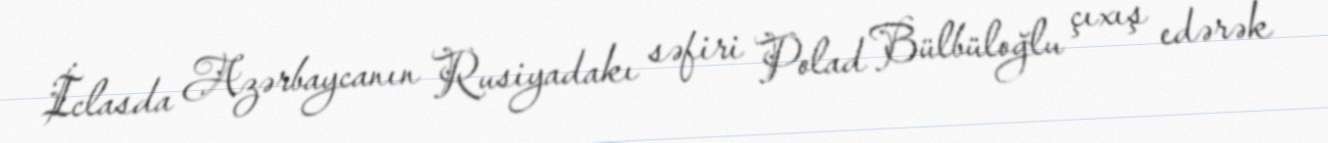
İclasda Azərbaycanın Rusiyadakı səfiri Polad Bülbüloğlu çıxış edərək